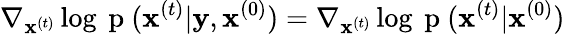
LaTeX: \nabla_{\mathbf{x}^{(t)}}\log{\mathrm{~p~}(\mathbf{x}^{(t)}|\mathbf{y}},\mathbf{x}^{(0)})=\nabla_{\mathbf{x}^{(t)}}\log{\mathrm{~p~}(\mathbf{x}^{(t)}|\mathbf{x}^{(0)})}